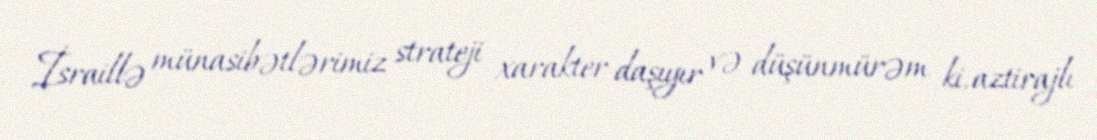
İsraillə münasibətlərimiz strateji xarakter daşıyır və düşünmürəm ki, aztirajlı